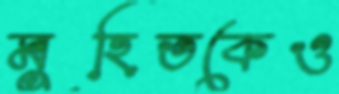
মুহিতকেও